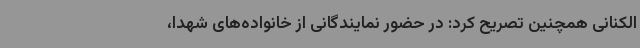
الکنانی همچنین تصریح کرد: در حضور نمایندگانی از خانواده‌های شهدا،